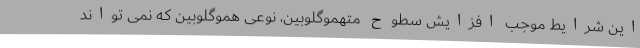
این شرایط موجب افزایش سطوح متهموگلوبین، نوعی هموگلوبین که نمی تواند